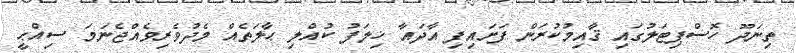
ތިނަދޫ ހޮސްޕިޓަލުގައި ޤާއިމުކުރަން ފަށައިފި އާދައާ ޚިލަފު ކުއްލި ޙާލަތެއް މެދުވެރިވެއްޖެނަމަ ސިއްޙީ